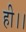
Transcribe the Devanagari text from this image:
ही।।